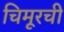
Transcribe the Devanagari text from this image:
चिमूरची